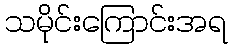
သမိုင်းကြောင်းအရ